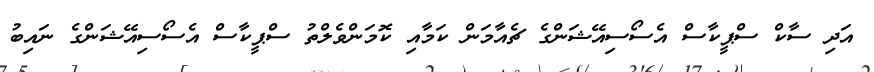
އަދި ސާކް ސްޕީކާސް އެސޯސިއޭޝަންގެ ޗެއާމަން ކަމާއި ކޮމަންވެލްތު ސްޕީކާސް އެސޯސިއޭޝަންގެ ނައިބު